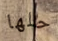
حلها